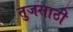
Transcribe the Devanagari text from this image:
तुजसाठी